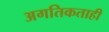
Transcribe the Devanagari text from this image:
अगतिकताही